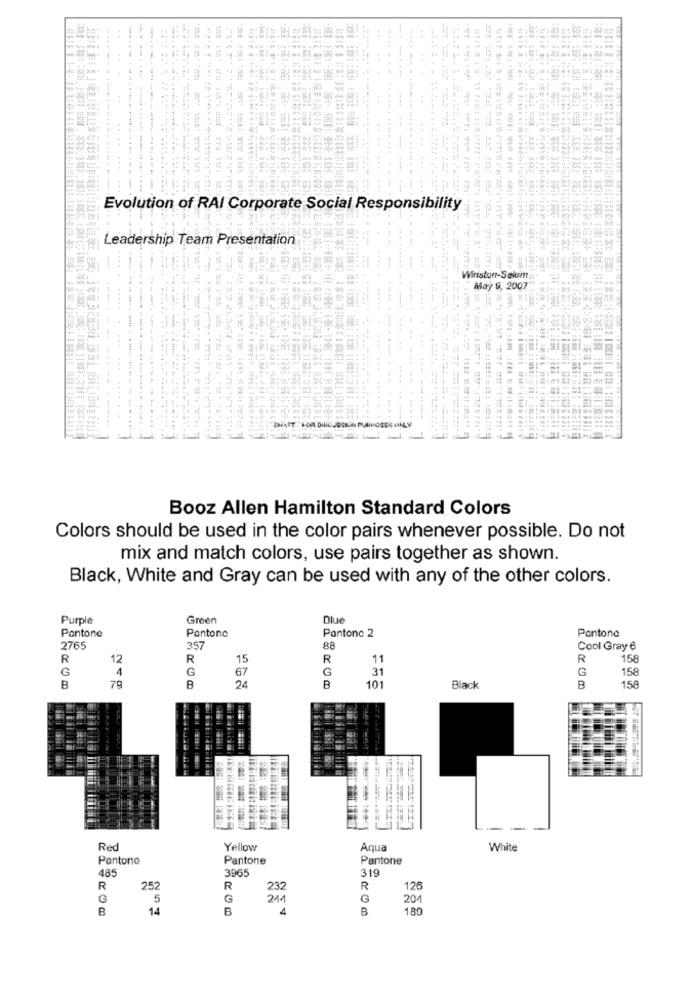
. .
..
...
..... ...
44
----------------
...
Evolution of RAI Corporate Social Responsibility
Leadership Team Presentation
Wiristun-Solum
May 9. 2007
.....
----------
Booz Allen Hamilton Standard Colors
Colors should be used in the color pairs whenever possible. Do not
mix and match colors, use pairs together as shown.
Black, White and Gray can be used with any of the other colors.
Purple
Green
Blue
Pantone
Pontonc
Pantone 2
Pantone
2765
357
88
Cool Gray 6
R
12
R
15
R
11
R
158
G
4
G
67
G
31
G
158
B
B
101
B
79
24
Black
B
158
Red
Yellow
Aqua
White
Pontono
Pantone
Pantone
485
3965
319
R
252
R
232
R
126
G
5
G
244
204
B
14
B
4
B
180